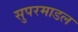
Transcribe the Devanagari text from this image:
सुपरमाडल